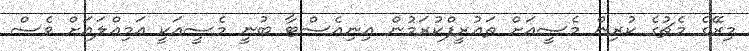
މިރޭގެ މެޗުގެ ކުރިން މެސީއަށް ތައުރީފްކުރަމުން އިނިއެސްޓާ ބުނީ މެސީއަކީ އަމިއްލައަށް ވެސް